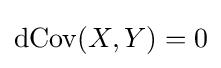
\operatorname {dCov} (X,Y)=0